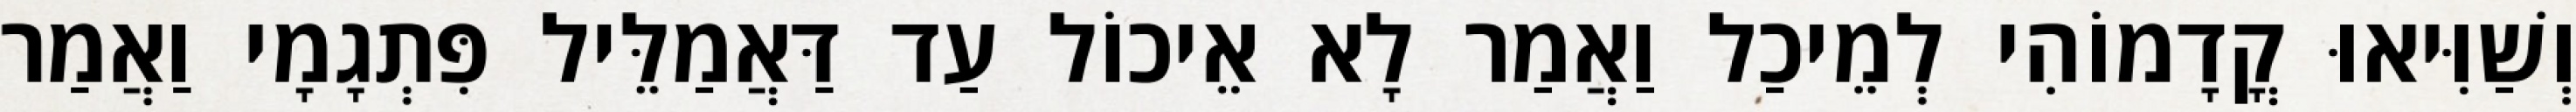
וְשַׁוִּיאוּ קֳדָמוֹהִי לְמֵיכַל וַאֲמַר לָא אֵיכוֹל עַד דַּאֲמַלֵּיל פִּתְגָמָי וַאֲמַר